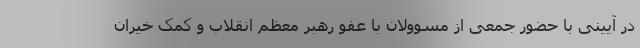
در آیینی با حضور جمعی از مسوولان با عفو رهبر معظم انقلاب و کمک خیران